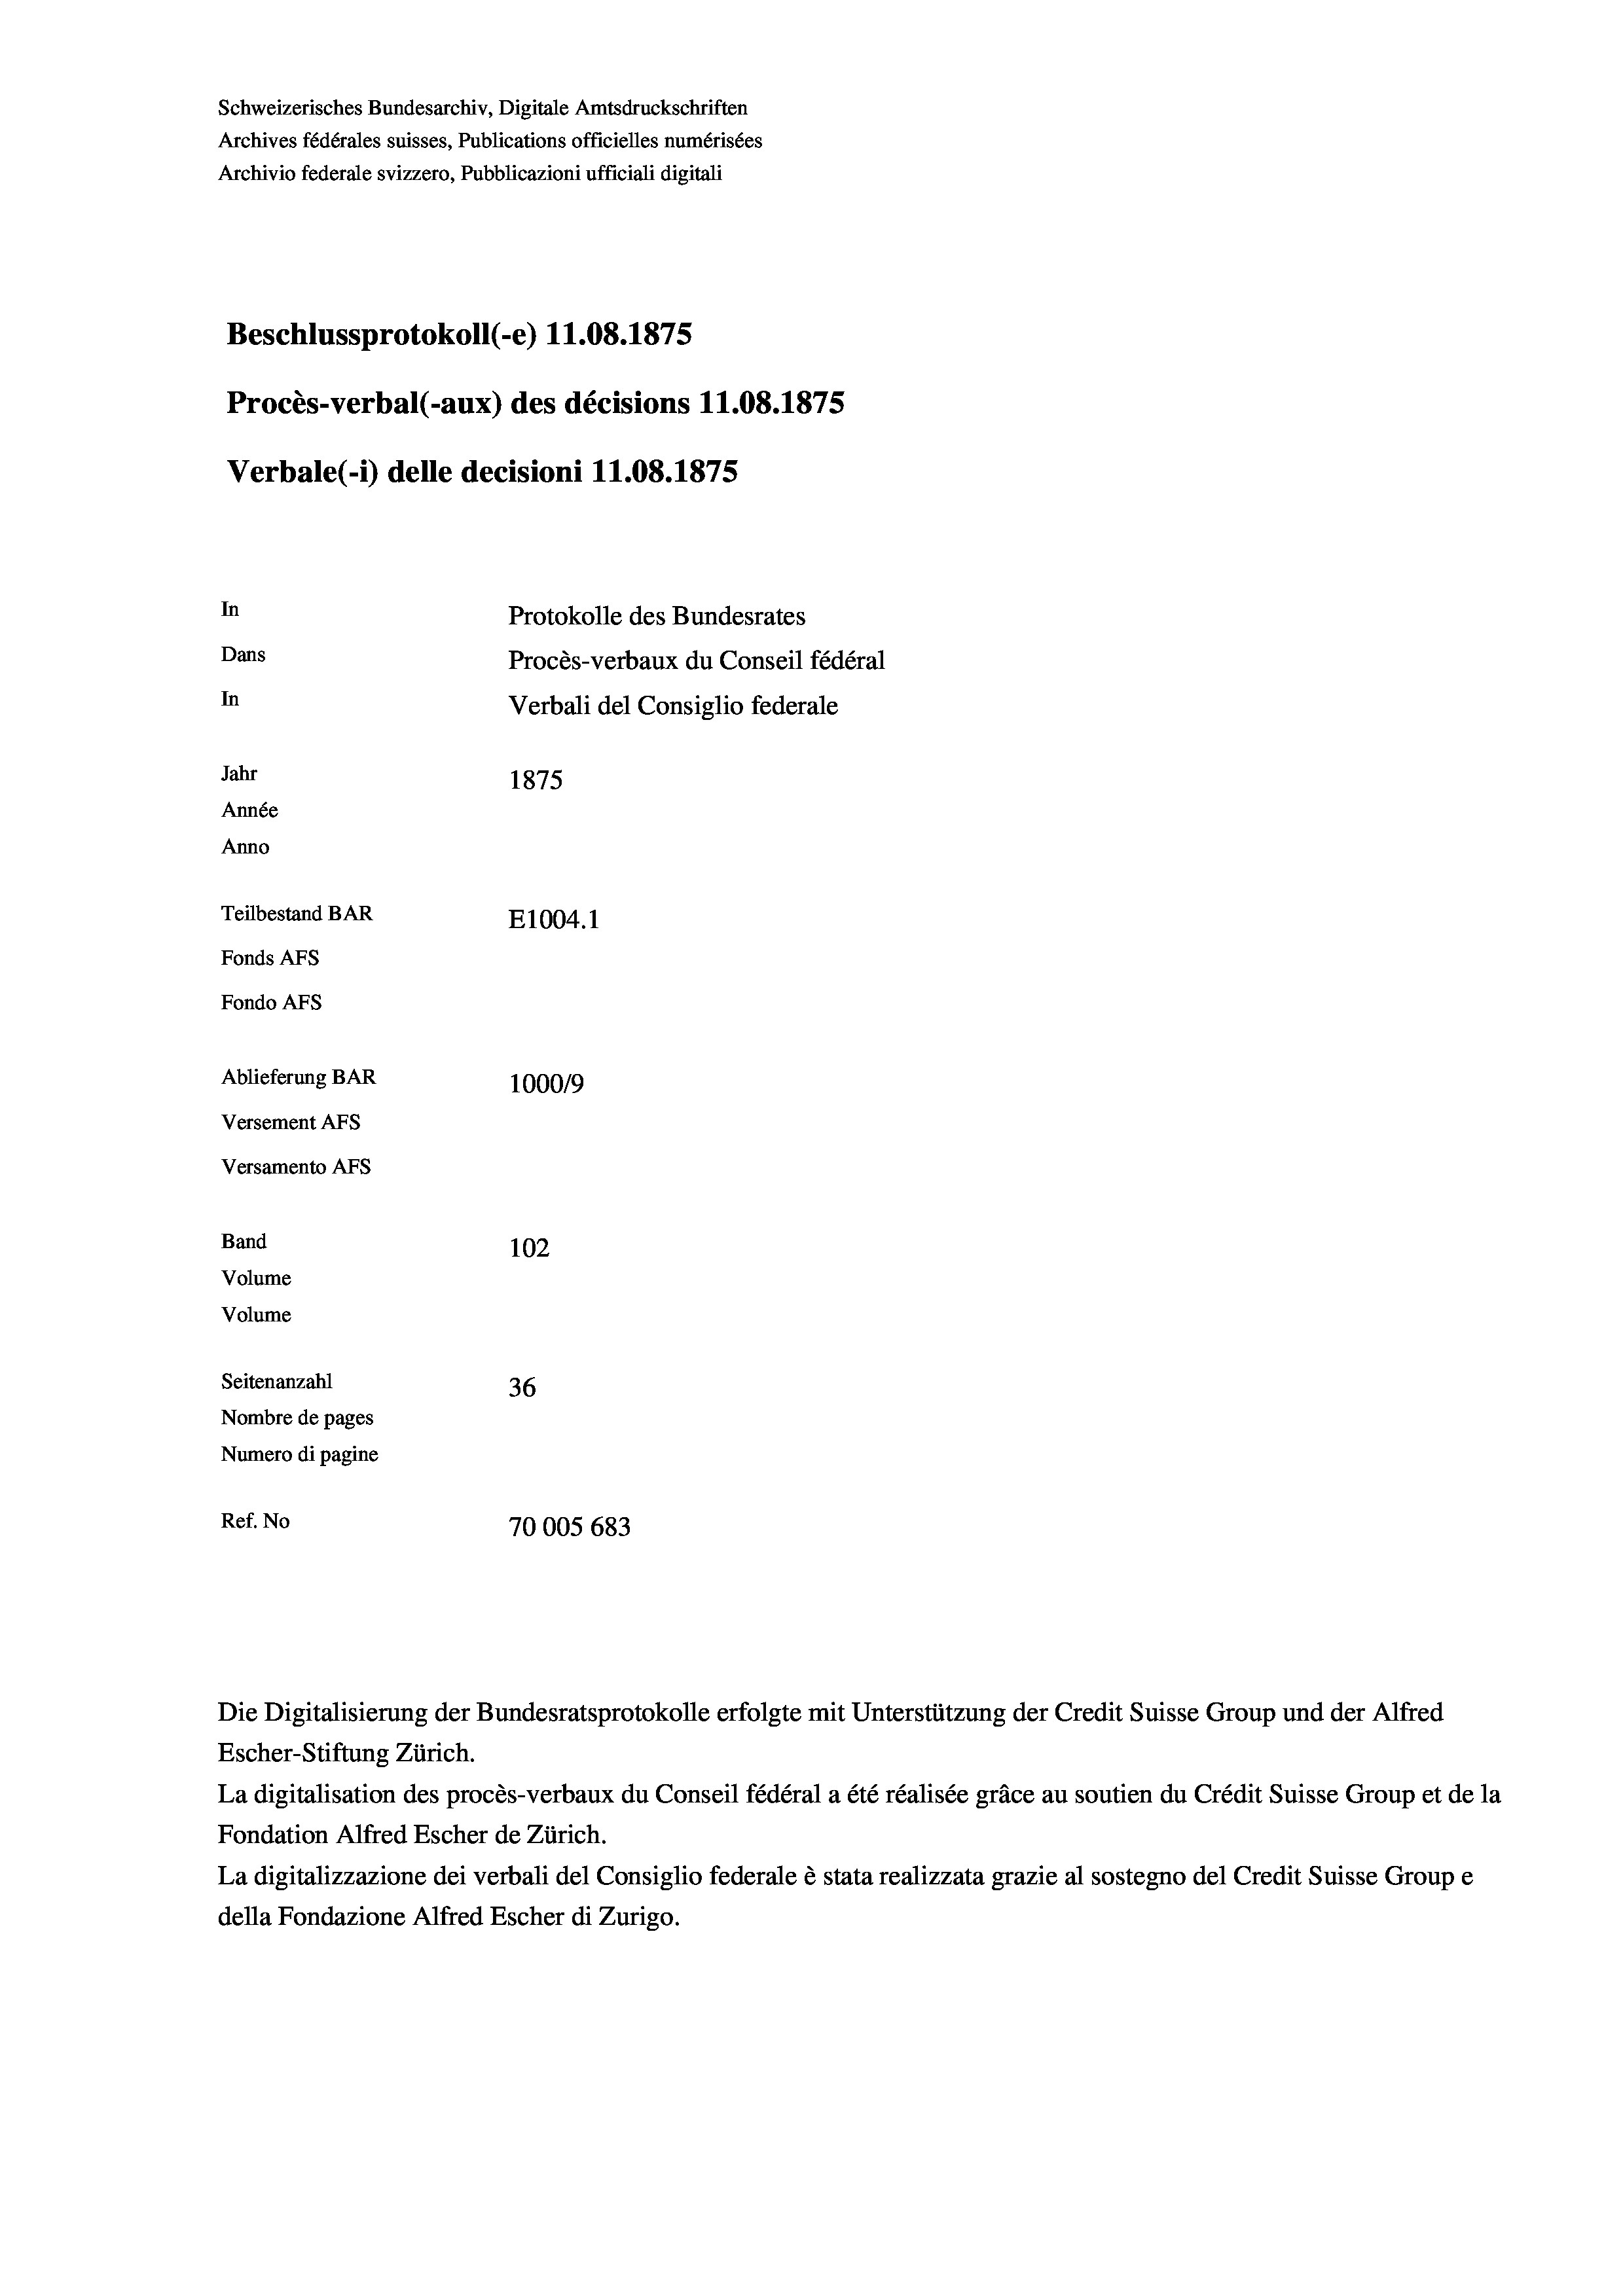
Schweizerisches Bundesarchiv, Digitale Amtsdruckschriften
Archives fédérales suisses, Publications officielles numérisées
Archivio federale svizzero, Pubblicazioni ufficiali digitali
Beschlussprotokoll (-e) 11.08. 1875
Procès-verbal (-aux) des décisions 11.08. 1875
Verbale (i) delle decisioni 11.08. 1875
In
Protokolle des Bundesrates
Dans
Procès-verbaux du Conseil fédéral
In
Verbali del Consiglio federale
Jahr
1875
Année
Anno
Teilbestand BAR
E1004. 1
Fonds AFs
Fondo AFs
Ablieferung BAR
1000/9
Versement Abs
Versamento AFs
Band
102
Volume
Volume
Seitenanzahl
36
Nombre de pages
Numero di pagine
Ref. No
70005 683

Escher-Stiftung Zürich.
La digitalisation des procès-verbaux du Conseil fédéral a été réalisée gräce au soutien du Crédit Suisse Group et de la
Fondation Alfred Escher de Zürich.
La digitalizzazione dei verbali del Consiglio federale è stata realizzata grazie al sostegno del Credit Suisse Groupe
della Fondazione Alfred Escher di Zurigo.

Die Digitalisierung der Bundesratsprotokolle erfolgte mit Unterstützung der Credit Suisse Group und der Alfred